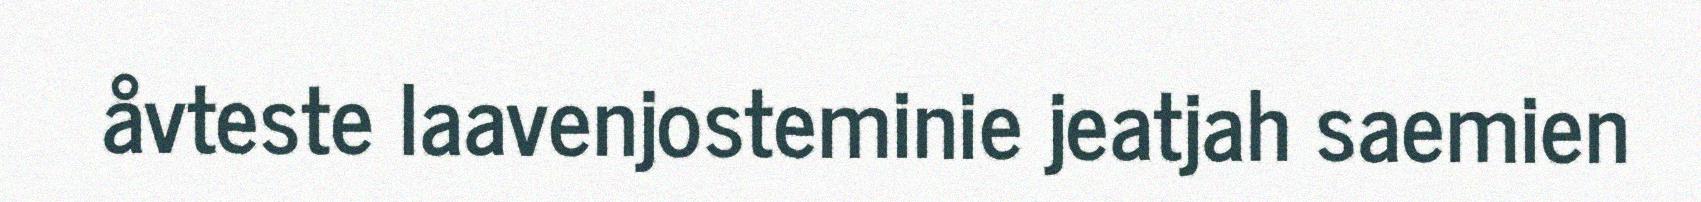
åvteste laavenjosteminie jeatjah saemien